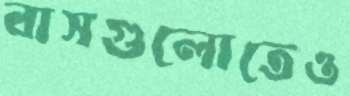
বাসগুলোতেও